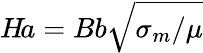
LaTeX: H\! a=Bb\sqrt{\sigma_{m}/\mu}